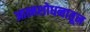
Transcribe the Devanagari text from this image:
आत्मशोधनातून